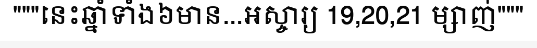
"""នេះឆ្នាំទាំង៦មាន...អស្ចារ្យ 19,20,21 ម្សាញ់"""